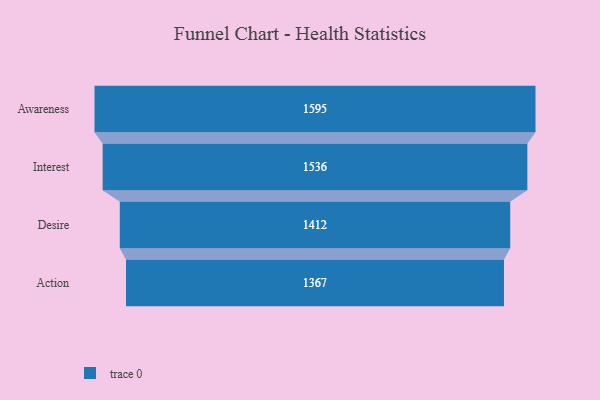
{"axis": {"x": "Stage", "y": "Value"}, "legend": [""], "data": [{"x": "Awareness", "y": 1595.0, "type": ""}, {"x": "Interest", "y": 1536.0, "type": ""}, {"x": "Desire", "y": 1412.0, "type": ""}, {"x": "Action", "y": 1367.0, "type": ""}]}